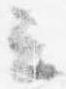
云